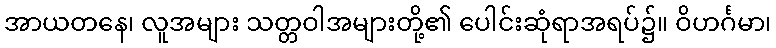
အာယတနေ၊ လူအများ သတ္တဝါအများတို့၏ ပေါင်းဆုံရာအရပ်၌။ ဝိဟင်္ဂမာ၊